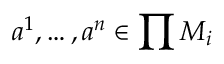
a ^ { 1 } , \ldots , a ^ { n } \in \prod M _ { i }